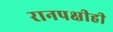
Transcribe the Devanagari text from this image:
रानपक्षीही